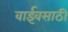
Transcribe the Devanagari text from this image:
वाईवसाठी